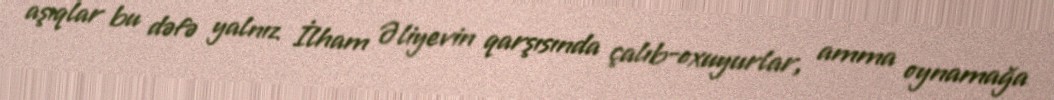
aşıqlar bu dəfə yalnız İlham Əliyevin qarşısında çalıb-oxuyurlar, amma oynamağa